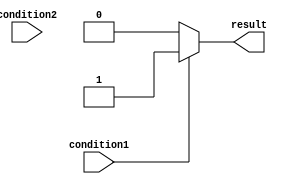
module if_else_modeling (
    input wire condition1,
    input wire condition2,
    output reg result
);

always @* begin
    if (condition1) begin
        result <= 1'b1; // execute this block if condition1 is true
    end else if (condition2) begin
        result <= 1'b0; // execute this block if condition2 is true
    end else begin
        result <= 1'b0; // default action if neither condition1 nor condition2 is true
    end
end

endmodule